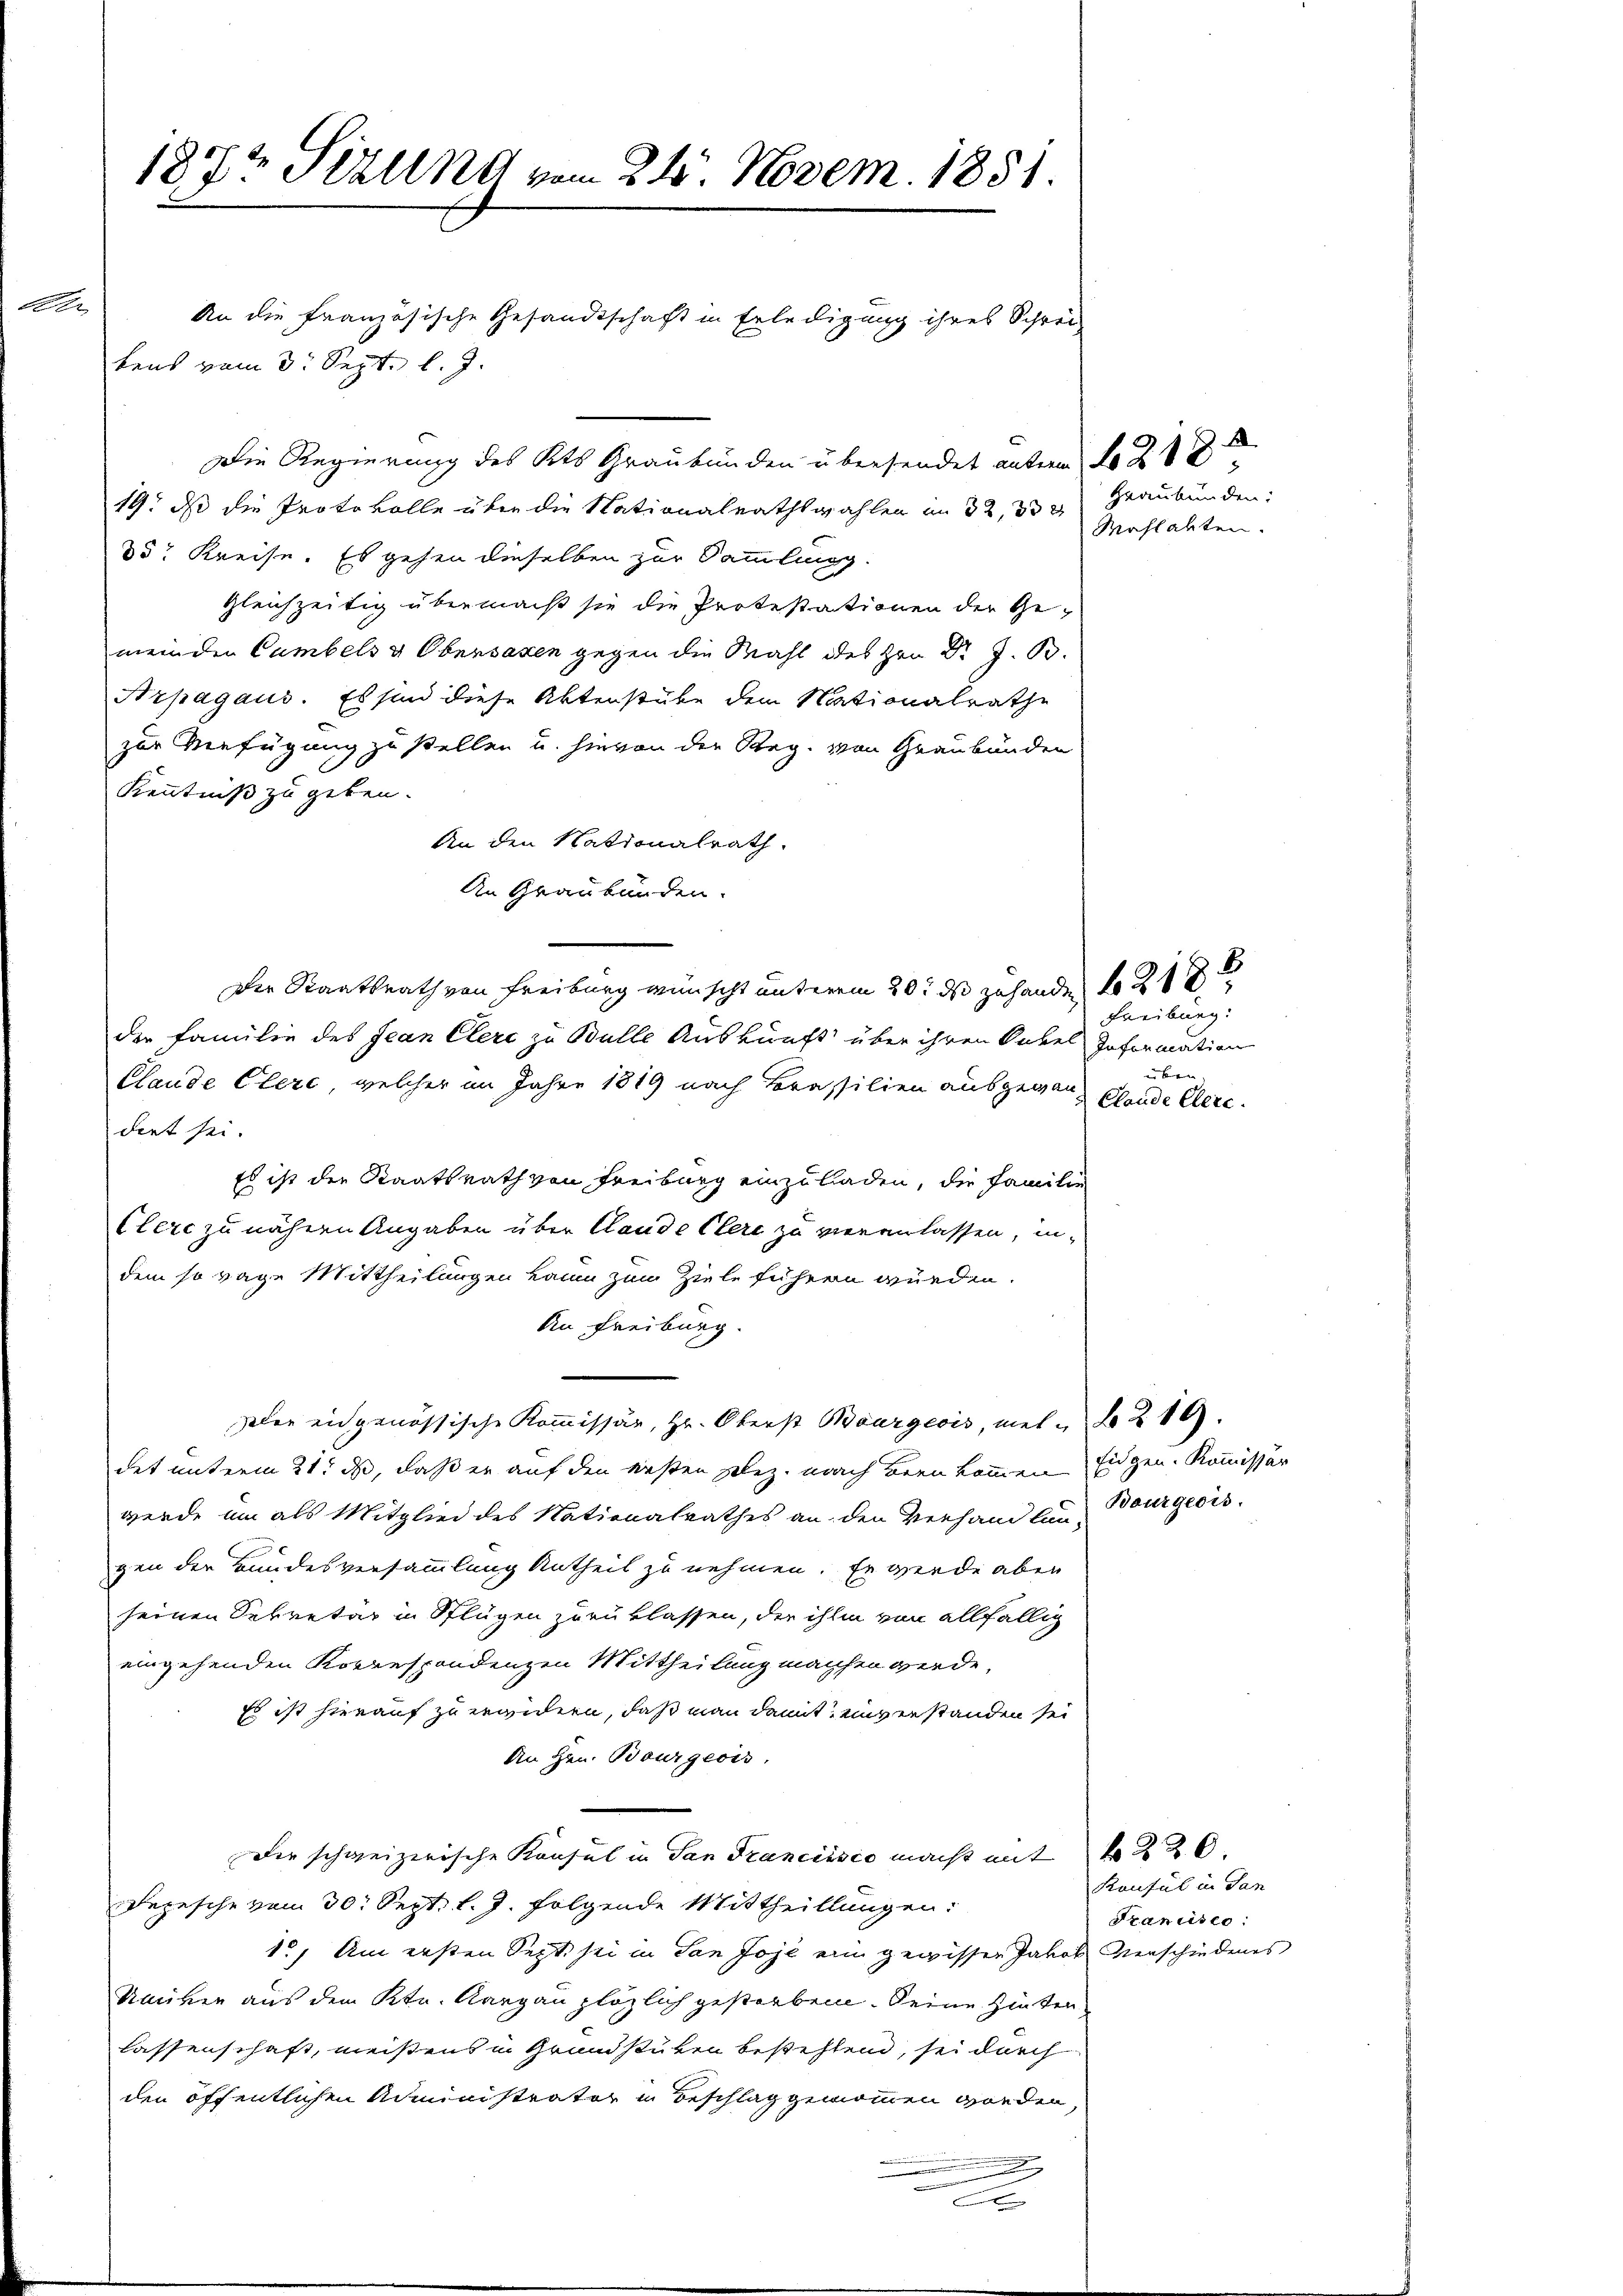
d

187t Sizung vom 21. Novem. 1851.
An die französische Gesandtschaft in Erledigung ihres Schrei-

tens vom 3. Sept. l. J.
19. daß die Protokolle über die Nationalrathswahlen im 32, 33 2 Graubünden:
35r Kreise. Es gehen dieselben zur Sammling-
gleichzeitig übermacht sie die Protestationen der Ge-
meinden Cambels & Obersagen gegen die Mahl des Hrn. Dr J. B.
Arpagaus. Es sind diese Aktenstube dem Nationalrathe
zur Verfügung zu stellen u. hievon der Reg. von Graubünden
Kenntniß zu geben.
An den Nationalrath.
An Graubünden.
Der Staatsrath von Freiburg wünscht unterem 20. ds zuhanden No 21
der Familie des Jean Clerc zu Bulle Auskunft über ihren Onkel Information
Claude Clere, welcher im Jahre 1819 nach Brasilien ausgegan¬
Fret sei.
Es ist die Staatsrath von Freiburg einzuladen, die Familie
Clerc zu nähern Angaben über Claude Clere zu vieranlassen, indem so vage Mittheilungen kaum zum Ziele führen würden.
An Freiburg.
zler eidgenössische Kommissär, Hr. Oberst Bourgeois, mel u No 219.
det unterm 21. ds, daß er auf den besten plez. nach Beenkommen Eidgen. Kommissär
werde um als Mitglied des Nationalrathes an den Verhandlung Bourgeois
gen der Bundesversammlung Antheil zu nehmen. Er werde aber
seinen Sekretär in Splügen zurüklassen, der ihm von allfällig
eingehenden Korrespondenzen Mittheilung machen werde,
Es ist hierauf zu wandern, daß man damit einverstanden sei
An Hrn. Bourgeois.
Der schweizerische Konsul in San Francisco macht mit 226.
Depesche vom 30. Sept. l. J. folgende Mittheillungen:
1., Am ersten Sept. sei in dan Joje ein gewisser Jakob Verschiedenes
Uniken aus dem Ktn. Aargau plötzlich gesterben. Seine Hinten,
lassenschaft, meistens in Grundstüken bestehtend, sei durch
den öffentlichen Administrator in Beschlag genommen worden,
.

Die Regierung des Kts Graubünden übersendet anten 2

Mahlabten.

Freiburg:
über
Clande Elere.

Konsul in San
Sranüses: